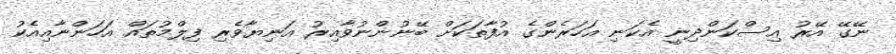
ނޭގޭ އޭރު އިސްކަންދިނީ އެކަނި އަހަރެންގެ އުފާތަކަށް ބޭނުންނުވާއިރު އަނިޔާވެރި ފިލްމުތައް އަހަންނާއިއެކު